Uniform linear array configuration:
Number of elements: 12
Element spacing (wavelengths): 0.75
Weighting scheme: cosine
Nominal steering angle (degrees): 45
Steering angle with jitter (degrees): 43.062
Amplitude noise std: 0.05
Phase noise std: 0.05

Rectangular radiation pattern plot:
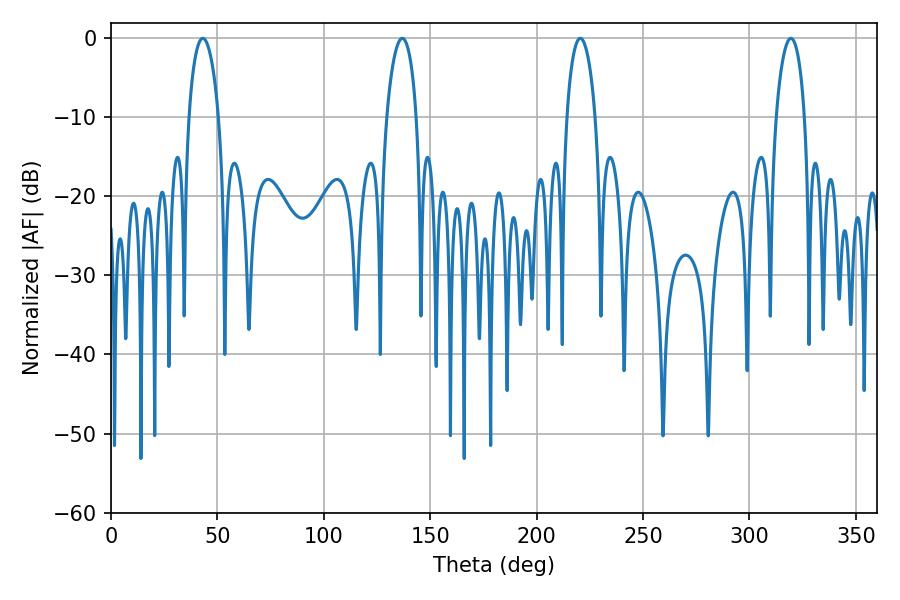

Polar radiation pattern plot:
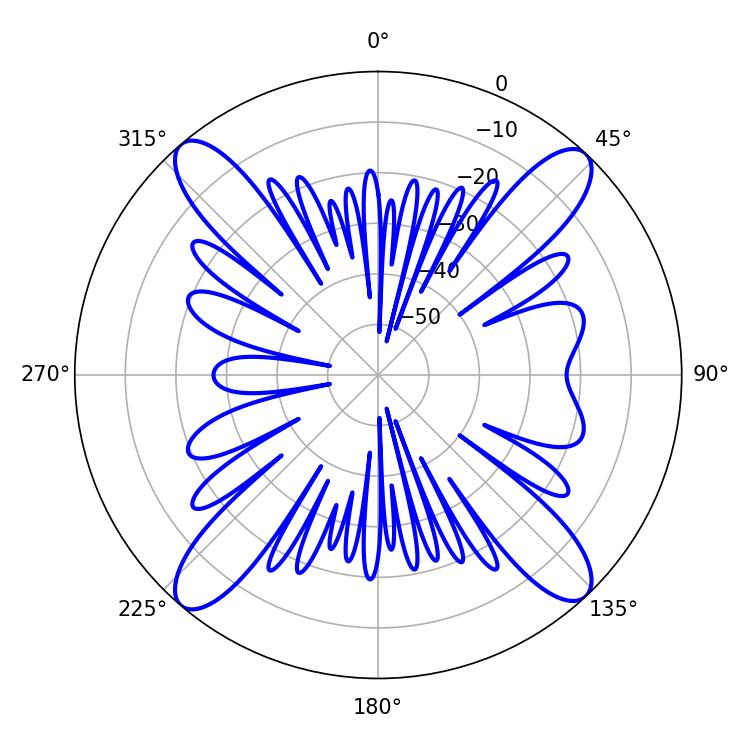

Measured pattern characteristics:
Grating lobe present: TRUE
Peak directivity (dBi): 19.452
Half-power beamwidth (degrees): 7.74
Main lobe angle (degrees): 220.5